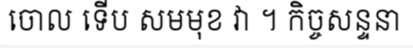
ចោល ទើប សមមុខ វា ។ កិច្ចសន្ទនា